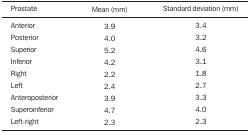
<table><thead><tr><td><b>Prostate</b></td><td><b>Mean (mm)</b></td><td><b>Standard deviation (mm)</b></td></tr></thead><tbody><tr><td>Anterior</td><td>3.9</td><td>3.4</td></tr><tr><td>Posterior</td><td>4.0</td><td>3.2</td></tr><tr><td>Superior</td><td>5.2</td><td>4.6</td></tr><tr><td>Inferior</td><td>4.2</td><td>3.1</td></tr><tr><td>Right</td><td>2.2</td><td>1.8</td></tr><tr><td>Left</td><td>2.4</td><td>2.7</td></tr><tr><td>Anteroposterior</td><td>3.9</td><td>3.3</td></tr><tr><td>Superoinferior</td><td>4.7</td><td>4.0</td></tr><tr><td>Left-right</td><td>2.3</td><td>2.3</td></tr></tbody></table>